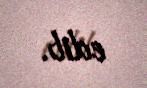
edib.